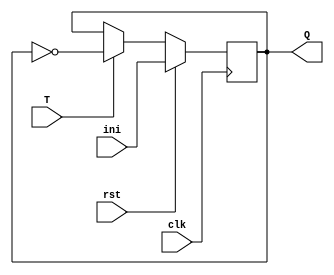
`timescale 1ns / 1ps
//////////////////////////////////////////////////////////////////////////////////
// Company: 
// Engineer: 
// 
// Design Name: 
// Module Name:    DTQ 
// Project Name: 
// Target Devices: 
// Tool versions: 
// Description: 
//
// Dependencies: 
//
// Revision: 
// Revision 0.01 - File Created
// Additional Comments: 
//
//////////////////////////////////////////////////////////////////////////////////
module DTQ
(
	input clk,
	input rst,
	input ini,
	input T,
	output reg Q
);

always @(posedge clk) begin
	if (rst)	Q <= ini;
	else if (T)	Q <= ~Q;
end

endmodule